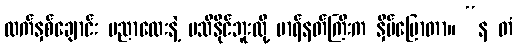
လက်နှစ်ချောင်း ပညာလေးနဲ့ မသိနိုင်ဘူးလို့ မာရ်နတ်ကြီးက နှိမ်ပြောတာ။ “န တံ